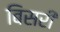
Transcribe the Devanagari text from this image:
बिसरीं